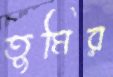
তুমির